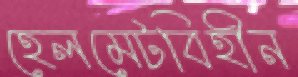
হেলমেটবিহীন